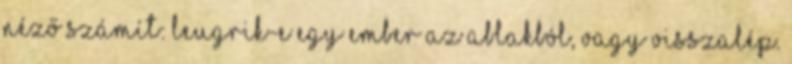
néző számít: leugrik-e egy ember az ablakból, vagy visszalép.